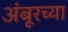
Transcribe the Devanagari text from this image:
अंबूरच्या